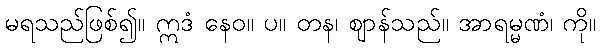
မရသည်ဖြစ်၍။ ဣဒံ နေဝ။ ပ။ တန၊ ဈာန်သည်။ အာရမ္မဏံ၊ ကို။